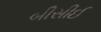
બીસીઈ